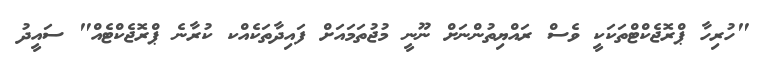
"ހުރިހާ ޕްރޮޖެކްޓްތަކަކީ ވެސް ރައްޔިތުންނަށް ނޫނީ މުޖުތަމައަށް ފައިދާތަކެއްކ ކުރާނެ ޕްރޮޖެކްޓެއް" ސައީދު